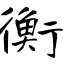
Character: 衡